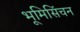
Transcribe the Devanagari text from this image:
भूमिसिंचन